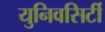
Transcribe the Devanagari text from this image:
युनिवसिर्टी